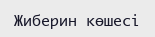
Жиберин көшесі